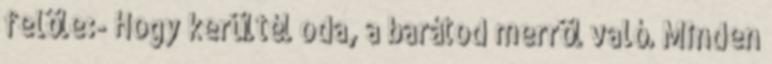
felöle:- Hogy kerültél oda, a barátod merröl való. Minden